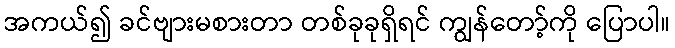
အကယ်၍ ခင်ဗျားမစားတာ တစ်ခုခုရှိရင် ကျွန်တော့်ကို ပြောပါ။